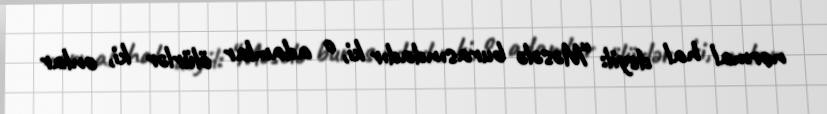
normal hal deyil: “Məsələ burasındadır ki, o adamlar ölürlər ki, onlar